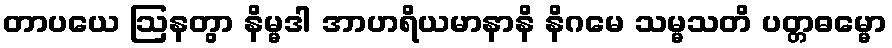
တာပယေ ဩနတွာ နိမ္မဒါ အာဟရိယမာနာနိ နိဂမေ သမ္မသတိ ပတ္တဓမ္မော